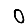
Digit: 0